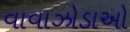
વાવાઝોડાઓ